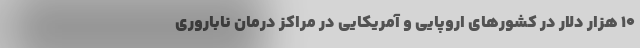
۱۰ هزار دلار در کشورهای اروپایی و آمریکایی در مراکز درمان ناباروری